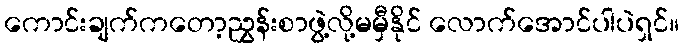
ကောင်းချက်ကတော့ညွှန်းစာဖွဲ့လို့မမှီနိုင် လောက်အောင်ပါပဲရှင်။